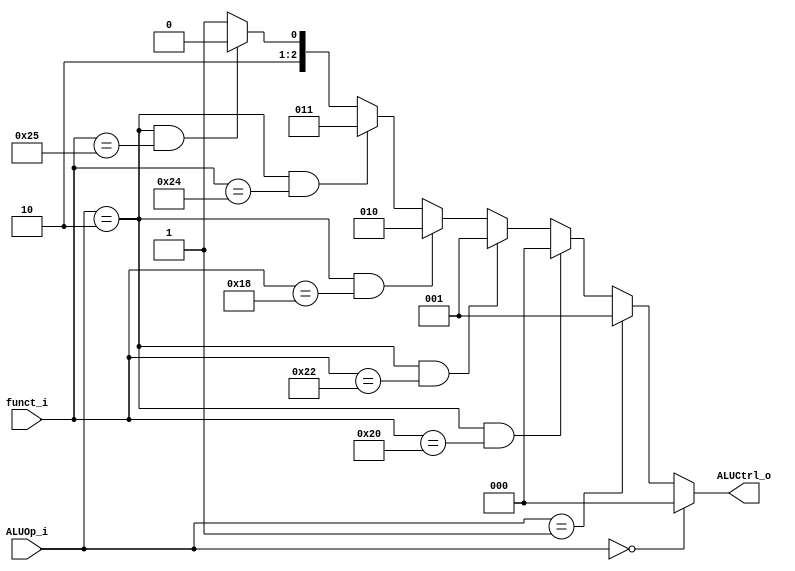
module ALU_Control
(
    funct_i,
    ALUOp_i,
    ALUCtrl_o
);

    // Ports
    input   [5:0]   funct_i;
    input   [1:0]   ALUOp_i;
    output  [2:0]   ALUCtrl_o;

    assign  ALUCtrl_o = (ALUOp_i == 2'd0)?							3'd0 : // add
                        (ALUOp_i == 2'd1)?							3'd1 : // sub
                        (ALUOp_i == 2'd2 && funct_i == 6'b100000)?	3'd0 : // R-type: +
                        (ALUOp_i == 2'd2 && funct_i == 6'b100010)?	3'd1 : // R-type: -
                        (ALUOp_i == 2'd2 && funct_i == 6'b011000)?	3'd2 : // R-type: *
                        (ALUOp_i == 2'd2 && funct_i == 6'b100100)?	3'd3 : // R-type: &
                        (ALUOp_i == 2'd2 && funct_i == 6'b100101)?	3'd4 : // R-type: |
																	3'd5;

endmodule